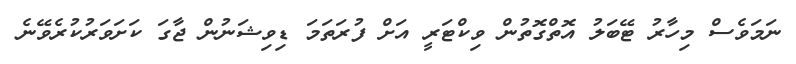
ނަމަވެސް މިހާރު ޓޭބަލު އޮތްގޮތުން ވިކްޓަރީ އަށް ފުރަތަމަ ޑިވިޝަނުން ޖާގަ ކަށަވަރުކުރެވޭނެ